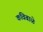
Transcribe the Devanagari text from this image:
कविबाळे